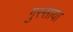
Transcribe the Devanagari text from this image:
गुस्साया